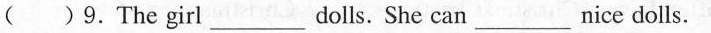
9.The girl___dolls. She can___nice dolls.